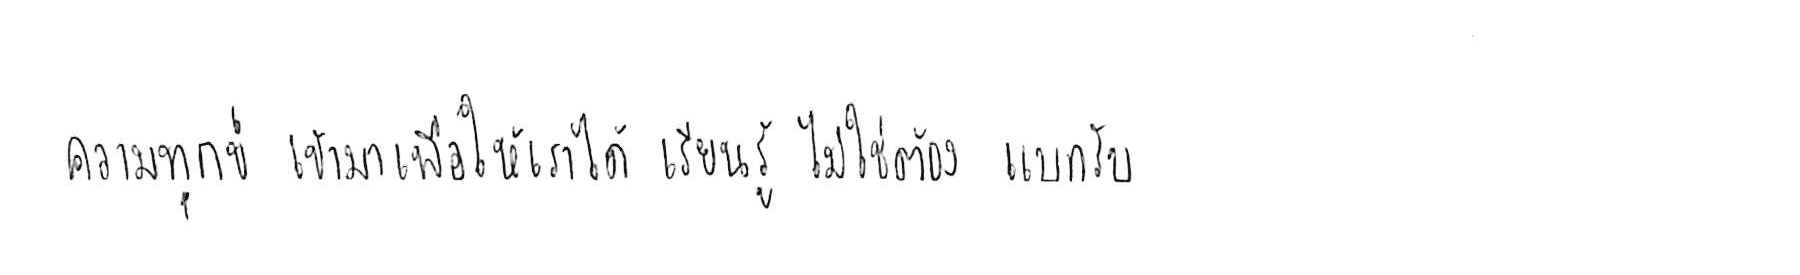
ความทุกข์ เข้ามาเพื่อให้เราได้ เรียนรู้ ไม่ใช่ต้อง แบกรับ